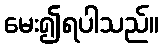
မေး၍ရပါသည်။